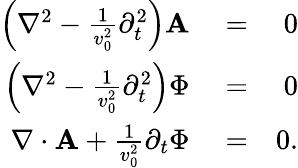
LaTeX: \begin{array}{rlr}{\left({\mathbf\nabla}^{2}-\frac{1}{v_{0}^{2}}\partial_{t}^{2}\right){\mathbf A}}&{{}=}&{0}\\ {\left(\nabla^{2}-\frac{1}{v_{0}^{2}}\partial_{t}^{2}\right)\Phi}&{{}=}&{0}\\ {{\mathbf\nabla}\cdot{\mathbf A}+\frac{1}{v_{0}^{2}}\partial_{t}\Phi}&{{}=}&{0.}\end{array}